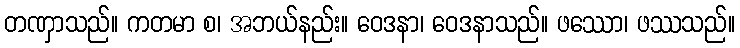
တဏှာသည်။ ကတမာ စ၊ အဘယ်နည်း။ ဝေဒနာ၊ ဝေဒနာသည်။ ဖဿော၊ ဖဿသည်။